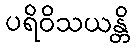
ပရိဝိသယန္တိ